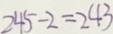
2 4 5 - 2 = 2 4 3